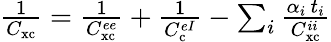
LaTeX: \begin{array}{r}{\frac{1}{C_{\mathrm{xc}}}=\frac{1}{C_{\mathrm{xc}}^{ee}}+\frac{1}{C_{\mathrm{c}}^{eI}}-\sum_{i}\frac{\alpha_{i}\, t_{i}}{C_{\mathrm{xc}}^{ii}}}\end{array}